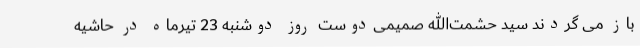
باز می گردند سید حشمت‌الله صمیمی‌دوست روز دوشنبه 23 تیرماه در حاشیه